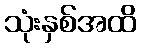
သုံးနှစ်အထိ